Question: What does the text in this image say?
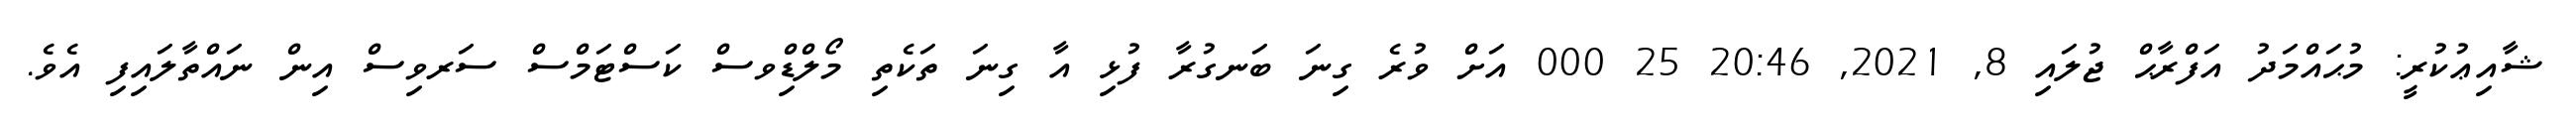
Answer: ޝާއިޢުކުރީ: މުޙައްމަދު އަފްރާޙް ޖުލައި 8, 2021, 20:46 25 000 އަށް ވުރެ ގިނަ ބަނގުރާ ފުޅި އާ ގިނަ ތަކެތި މޯލްޑިްވސް ކަސްޓަމްސް ސަރވިސް އިން ނައްތާލައިފި އެވެ.